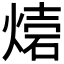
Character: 𤌫